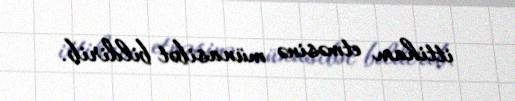
ittiham etməsinə münasibət bildirib.